Piroplasma canis and its life cycle in the tick - Number 29
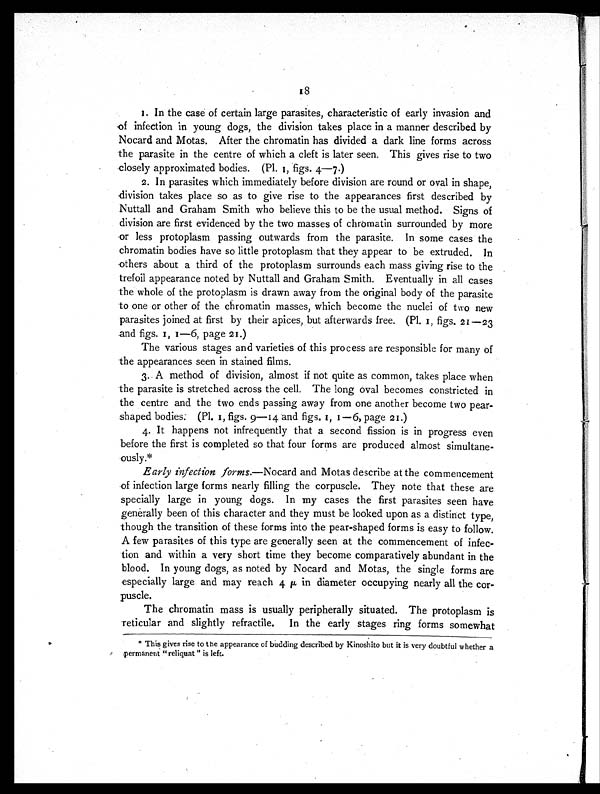
1. In the case of certain large parasites, characteristic of early invasion and
of infection in young dogs, the division takes place in a manner described by
Nocard and Motas. After the chromatin has divided a dark line forms across
the parasite in the centre of which a cleft is later seen. This gives rise to two
closely approximated bodies. (Pl. 1, figs. 4—7.)
2. In parasites which immediately before division are round or oval in shape,
division takes place so as to give rise to the appearances first described by
Nuttall and Graham Smith who believe this to be the usual method. Signs of
division are first evidenced by the two masses of chromatin surrounded by more
or less protoplasm passing outwards from the parasite. In some cases the
chromatin bodies have so little protoplasm that they appear to be extruded. In
others about a third of the protoplasm surrounds each mass giving rise to the
trefoil appearance noted by Nuttall and Graham Smith. Eventually in all cases
the whole of the protoplasm is drawn away from the original body of the parasite
to one or other of the chromatin masses, which become the nuclei of two new
parasites joined at first by their apices, but afterwards free. (Pl. 1 , figs. 21—23
and figs. 1, 1—6, page 21.)
The various stages and varieties of this process are responsible for many of
the appearances seen in stained films.
3. A method of division, almost if not quite as common, takes place when
the parasite is stretched across the cell. The long oval becomes constricted in
the centre and the two ends passing away from one another become two pear-
shaped bodies: (Pl. 1, figs. 9—14 and figs. 1, 1—6, page 21.)
4. It happens not infrequently that a second fission is in progress even
before the first is completed so that four forms are produced almost simultane-
ously.*
Early infection forms. —Nocard and Motas describe at the commencement
of infection large forms nearly filling the corpuscle. They note that these are
specially large in young dogs. In my cases the first parasites seen have
generally been of this character and they must be looked upon as a distinct type,
though the transition of these forms into the pear-shaped forms is easy to follow.
A few parasites of this type are generally seen at the commencement of infec-
tion and within a very short time they become comparatively abundant in the
blood. In young dogs, as noted by Nocard and Motas, the single forms are
especially large and may reach 4 µ in diameter occupying nearly all the cor-
puscle.
The chromatin mass is usually peripherally situated. The protoplasm is
reticular and slightly refractile. In the early stages ring forms somewhat
* This gives rise to t he appearance of budding described by Kinoshito but it is very doubtful whether a
permanent "reliquat " is left.